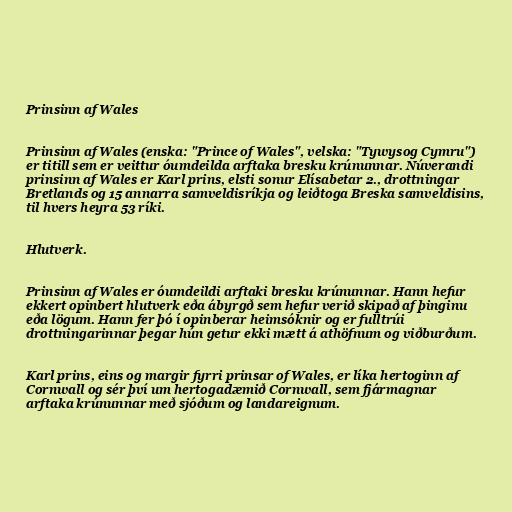
Prinsinn af Wales

Prinsinn af Wales (enska: "Prince of Wales", velska: "Tywysog Cymru")
er titill sem er veittur óumdeilda arftaka bresku krúnunnar. Núverandi
prinsinn af Wales er Karl prins, elsti sonur Elísabetar 2., drottningar
Bretlands og 15 annarra samveldisríkja og leiðtoga Breska samveldisins,
til hvers heyra 53 ríki.

Hlutverk.

Prinsinn af Wales er óumdeildi arftaki bresku krúnunnar. Hann hefur
ekkert opinbert hlutverk eða ábyrgð sem hefur verið skipað af þinginu
eða lögum. Hann fer þó í opinberar heimsóknir og er fulltrúi
drottningarinnar þegar hún getur ekki mætt á athöfnum og viðburðum.

Karl prins, eins og margir fyrri prinsar of Wales, er líka hertoginn af
Cornwall og sér því um hertogadæmið Cornwall, sem fjármagnar
arftaka krúnunnar með sjóðum og landareignum.